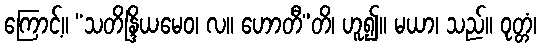
ကြောင့်။ “သတိန္ဒြိယမေဝ၊ လ။ ဟောတီ”တိ၊ ဟူ၍။ မယာ၊ သည်။ ဝုတ္တံ၊